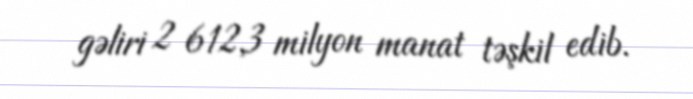
gəliri 2 612,3 milyon manat təşkil edib.